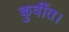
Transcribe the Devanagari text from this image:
कुर्वीत।